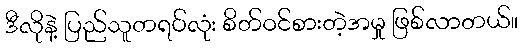
ဒီလိုနဲ့ ပြည်သူတရပ်လုံး စိတ်ဝင်စားတဲ့အမှု ဖြစ်လာတယ်။